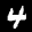
Label: 4